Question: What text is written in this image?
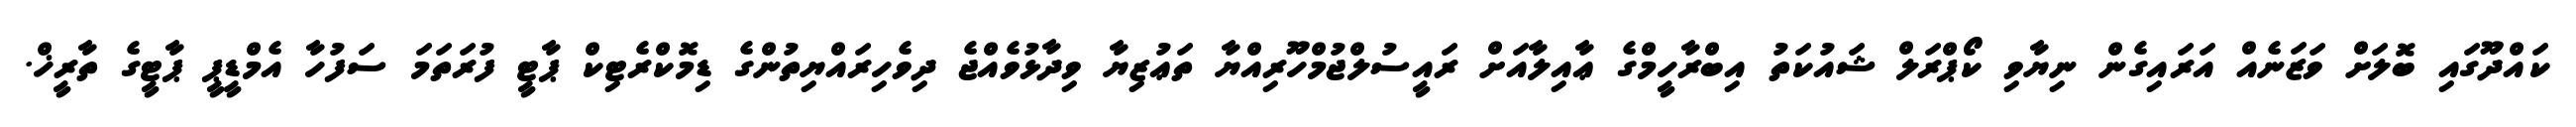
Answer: ކައްދޫގައި ބޮލަށް ވަޒަނެއް އަރައިގެން ނިޔާވި ކޯޕްރަލް ޝައުކަތު އިބްރާހީމްގެ ޢާއިލާއަށް ރައީސުލްޖުމްހޫރިއްޔާ ތަޢުޒިޔާ ވިދާޅުވެއްޖެ ދިވެހިރައްޔިތުންގެ ޑިމޮކްރެޓިކް ޕާޓީ ފުރަތަމަ ސަފުހާ އެމްޑީޕީ ޕާޓީގެ ތާރީޚް.